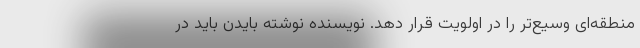
منطقه‌ای وسیع‌تر را در اولویت قرار دهد. نویسنده نوشته بایدن باید در